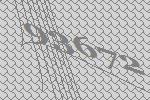
93672